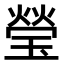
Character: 瑩